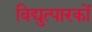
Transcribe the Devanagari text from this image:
विद्युत्पारकों